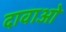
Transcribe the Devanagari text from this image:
दावाओ